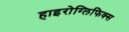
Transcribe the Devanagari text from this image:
हाइरोग्लिफिक्स